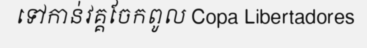
ទៅកាន់វគ្គចែកពូល Copa Libertadores